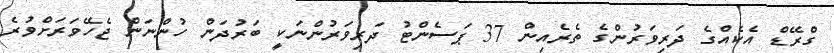
ގްރޭޑް އެކެއްގެ ދަރިވަރުންގެ ތެރެއިން 37 ޕަސެންޓު ދަރިވަރުންނަކީ ބަރުދަން ހުންނަން ޖެހޭވަރަށްވުރެ